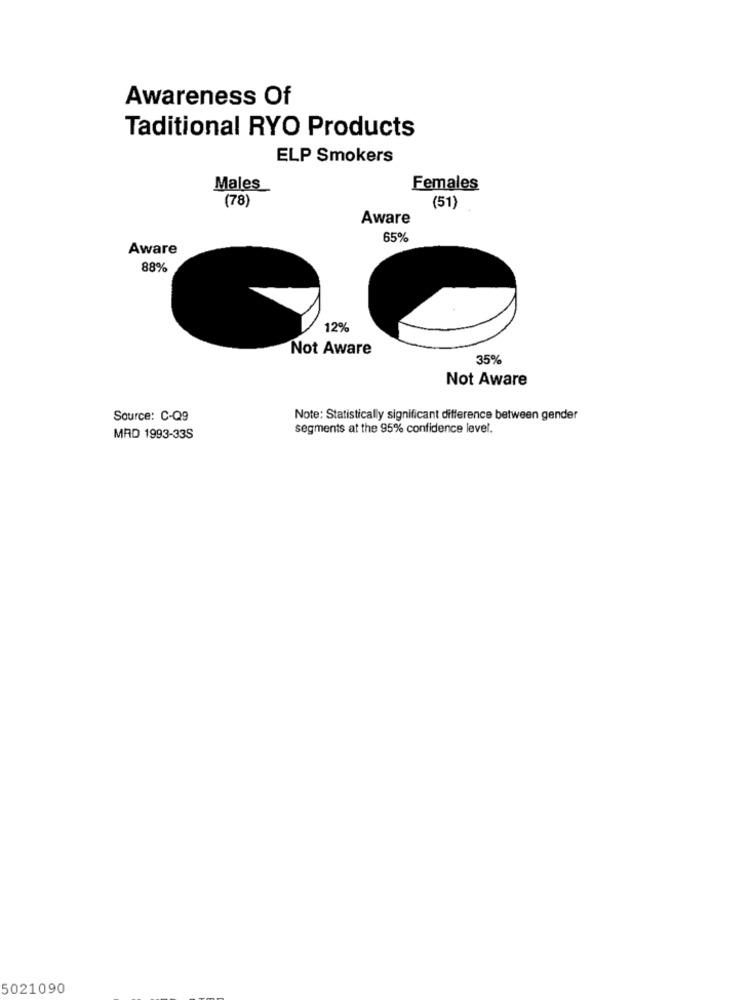
Awareness Of
Taditional RYO Products
ELP Smokers
Males
Females
(78)
(51)
Aware
65%
Aware
88%
12%
Not Aware
35%
Not Aware
Source: C-Q9
Note: Statistically significant difference between gender
segments at the 95% confidence level.
MAD 1993-33S
5021090